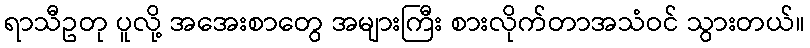
ရာသီဥတု ပူလို့ အအေးစာတွေ အများကြီး စားလိုက်တာအသံဝင် သွားတယ်။